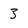
Character: 3